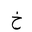
Letter: _kha